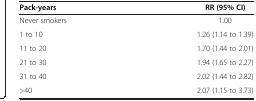
| Pack-years | RR (95% CI) |
 | --- | --- |
 | Never smokers | 1.00 |
 | 1 to 10 | 1.26 (1.14 to 1.39) |
 | 11 to 20 | 1.70 (1.44 to 2.01) |
 | 21 to 30 | 1.94 (1.65 to 2.27) |
 | 31 to 40 | 2.02 (1.44 to 2.82) |
 | >40 | 2.07 (1.15 to 3.73) |